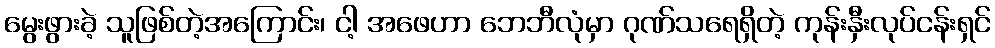
မွေးဖွားခဲ့ သူဖြစ်တဲ့အကြောင်း၊ ငါ့ အဖေဟာ ဘေဘီလုံမှာ ဂုဏ်သရေရှိတဲ့ ကုန်းနှီးလုပ်ငန်းရှင်